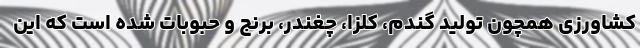
کشاورزی همچون تولید گندم، کلزا، چغندر، برنج و حبوبات شده است که این